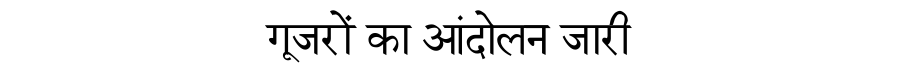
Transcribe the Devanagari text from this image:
गूजरों का आंदोलन जारी